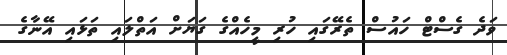
ވަދެ ގެސްޓް ހައުސް ތެރޭގައި ހުރި މީހެއްގެ ގަޔަށް އަތްލައި ތަޅައި އޭނާގެ